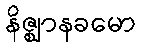
နိဇ္ဈာနခမော